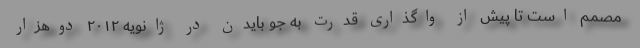
مصمم است تا پیش از واگذاری قدرت به جو بایدن در ژانویه ۲۰۱۲ دوهزار